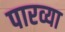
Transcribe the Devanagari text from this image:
पारव्या